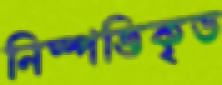
নিস্পত্তিকৃত